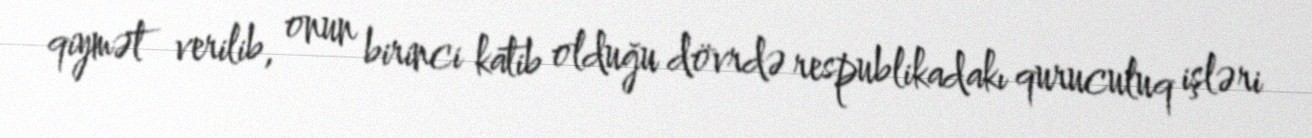
qiymət verilib, onun birinci katib olduğu dövrdə respublikadakı quruculuq işləri